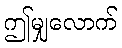
ဤမျှလောက်